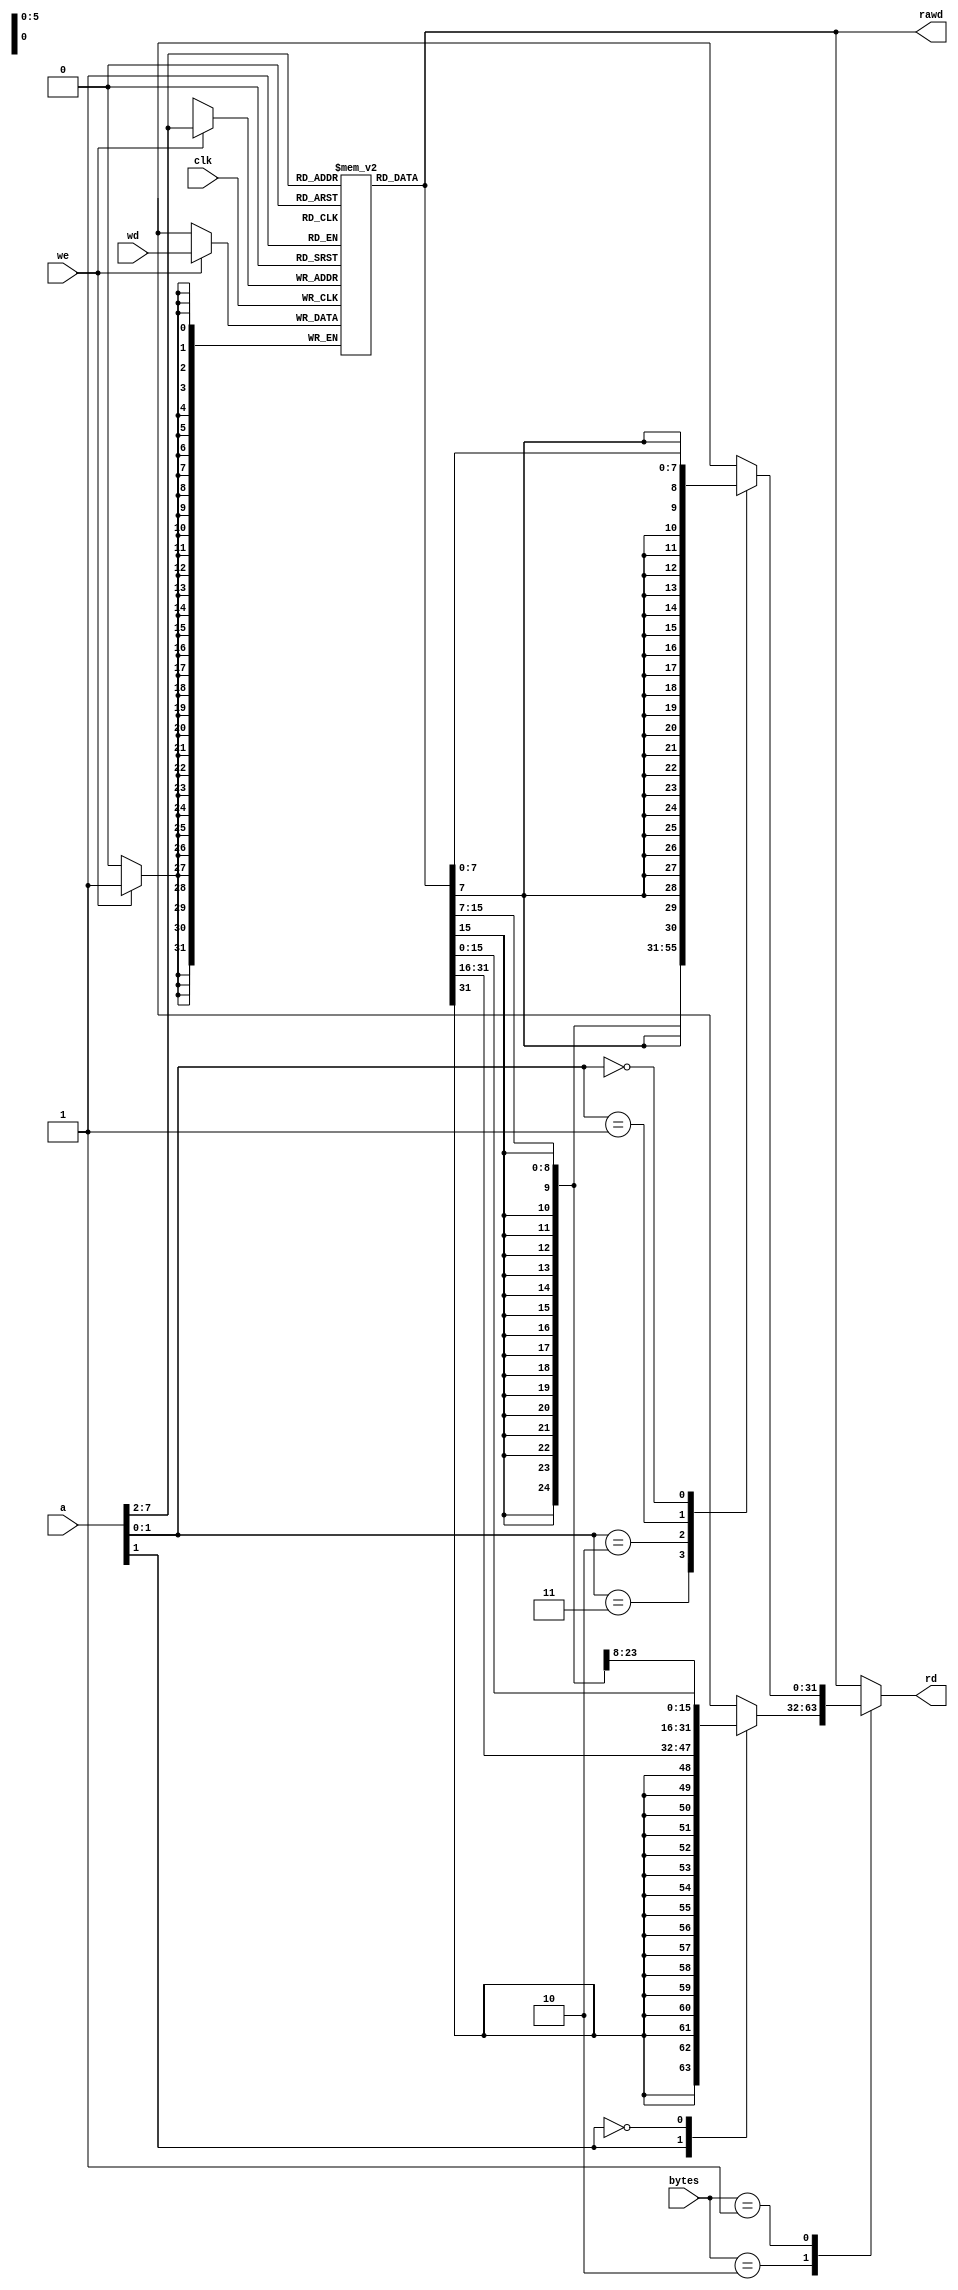
//------------------------------------------------
// mipsmem.v
// David_Harris@hmc.edu 23 October 2005
// External memories used by MIPS processors
//------------------------------------------------


module dmem(input         clk, we,
            input  [31:0] a, wd,
            output reg [31:0] rd,
						//Lh
						input  [1:0]	bytes,
						output reg [31:0] rawd
						);

  reg  [31:0] RAM[63:0];

//  reg [31:0] rawd;
  reg [7:0] p0, p1, p2, p3;
  
  always @(*) begin
	  rawd = RAM[a[31:2]];
	  p0 = rawd [7:0];
	  p1 = rawd [15:8];
	  p2 = rawd [23:16];
	  p3 = rawd [31:24];
  end
  
  always @(*)
	case(bytes)
		2:
			case(a[1])
				1: rd <= {{16{p3[7]}}, p3, p2};
				0:	rd <= {{16{p1[7]}}, p1, p0};
			endcase
		1:
			case(a[1:0])
				3: rd <= {{24{p3[7]}}, p3};
				2: rd <= {{24{p2[7]}}, p2};
				1: rd <= {{24{p1[7]}}, p1};
				0: rd <= {{24{p0[7]}}, p0};
			endcase
		default: rd <= rawd; 
	endcase
	
  always @(posedge clk)
    if (we) 
			RAM[a[31:2]] <= wd;
			

endmodule